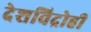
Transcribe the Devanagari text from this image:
देशविद्रोही